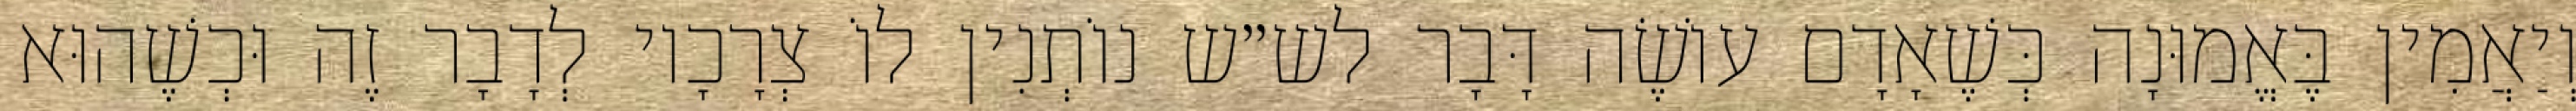
וְיַאֲמִין בֶּאֱמוּנָה כְּשֶׁאָדָם עוֹשֶׂה דָּבָר לש״ש נוֹתְנִין לוֹ צְרָכָיו לְדָבָר זֶה וּכְשֶׁהוּא